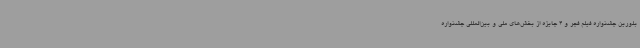
بلورین جشنواره فیلم فجر و 4 جایزه از بخش‌های ملی و بین‌المللی جشنواره